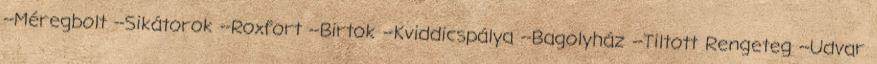
--Méregbolt --Sikátorok --Roxfort --Birtok --Kviddicspálya --Bagolyház --Tiltott Rengeteg --Udvar